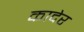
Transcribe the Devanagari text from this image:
कादेर